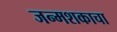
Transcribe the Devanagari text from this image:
जन्मशकाचा